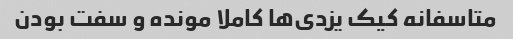
متاسفانه کیک یزدی‌ها کاملا مونده و سفت بودن